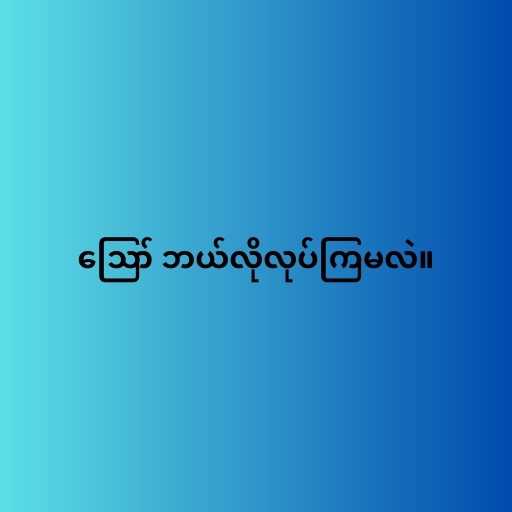
ဪ ဘယ်လိုလုပ်ကြမလဲ။